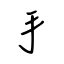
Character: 手